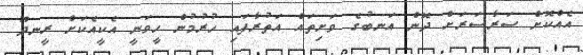
އެއްކޮށް ސަރާސަރަށް ދޮން އަނބުގެ ވަށިތައް އަތުރާފައި ހުރުމުން ހީވަނީ އެކީއެކަށް ރީނދޫ